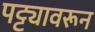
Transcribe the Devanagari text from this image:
पट्ट्यावरून